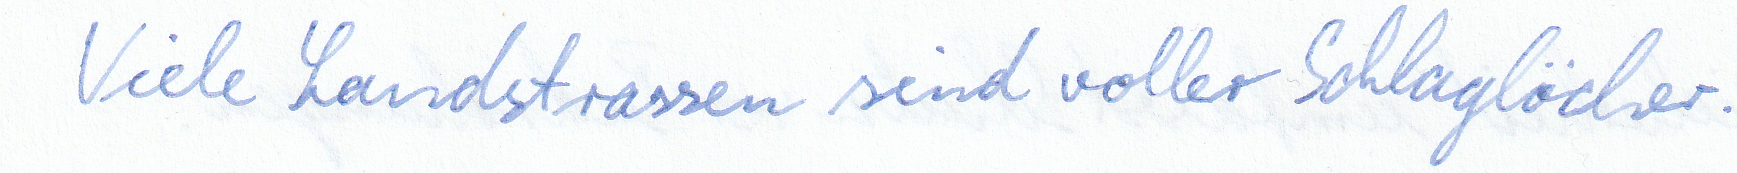
Viele Landstrassen sind voller Schlaglöcher.